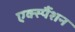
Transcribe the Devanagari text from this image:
एक्स्पैंशन